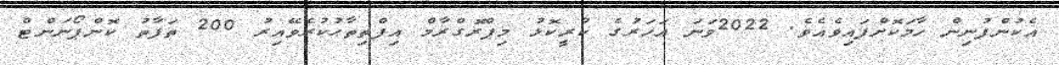
އެކުންފުނިން ހާމަކޮށްފައިވެއެވެ. 2022ވަނަ އަހަރުގެ ކުރީކޮޅު މިޕްރޮގްރާމް އިފްތިތާޙުކުރެވޭއިރު 200 ތަފާތު ކޮންޕޯނަންޓް